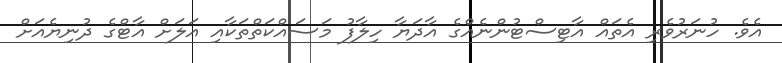
އެވެ. ހުނަރުވެރި އެތައް އާޓިސްޓުންނެއްގެ އާދަޔާ ހިލާފު މަސައްކަތްތަކާއި އަލަށް އާޓްގެ ދުނިޔެއަށް